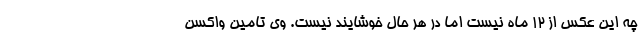
چه این عکس از ۱۲ ماه نیست اما در هر حال خوشایند نیست. وی تامین واکسن